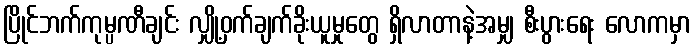
ပြိုင်ဘက်ကုမ္ပဏီချင်း လျှို့ဝှက်ချက်ခိုးယူမှုတွေ ရှိလာတာနဲ့အမျှ စီးပွားရေး လောကမှာ